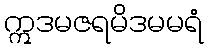
ဣဒမဇရမိဒမမရံ